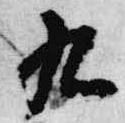
九